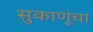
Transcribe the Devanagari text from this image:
सुकाणूंचा